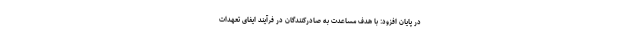
در پایان افزود: با هدف مساعدت به صادرکنندگان در فرآیند ایفای تعهدات